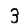
Digit: 3